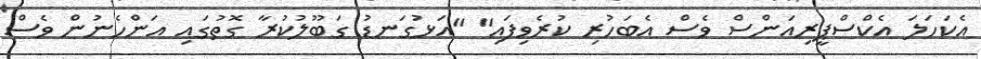
އެކަހަލަ އެކްސްޕީރިއަންސް ވެސް އެބަހުރި ކުރެވިފައި" "އަޅުގަނޑު ގަބޫލުކުރާ ގޮތުގައި އަންހެނުން ވެސް